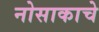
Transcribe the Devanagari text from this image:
नोसाकाचे